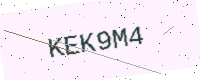
Text: KEK9M4